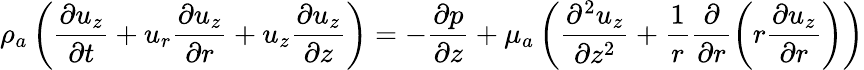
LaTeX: {\rho}_{a}\left(\frac{{\partial}{u}_{z}}{{\partial}t}+{u}_{r}\frac{{\partial}{u}_{z}}{{\partial}r}+{u}_{z}\frac{{\partial}{u}_{z}}{{\partial}z}\right)=-\frac{{\partial}{p}}{{\partial}z}+{\mu}_{a}\left(\frac{{\partial}^{2}{u}_{z}}{{\partial}{z}^{2}}+\frac{1}{r}\frac{{\partial}}{{\partial}r}\left(r\frac{{\partial}{u}_{z}}{{\partial}r}\right)\right)